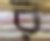
র